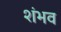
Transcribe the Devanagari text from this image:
शंभव